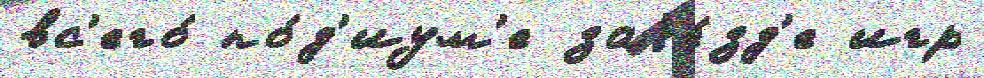
вс'его́ по́д'иум'е заjе́зд'е игр